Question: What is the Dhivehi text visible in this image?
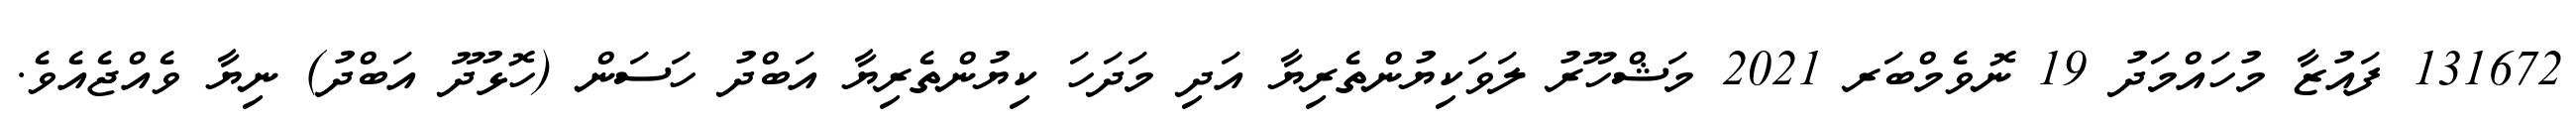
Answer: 131672 ފައުޒާ މުހައްމަދު 19 ނޮވެމްބަރ 2021 މަޝްހޫރު ލަވަކިޔުންތެރިޔާ އަދި މަދަހަ ކިޔުންތެރިޔާ އަބްދު ހަސަން (ހޮޅުދޫ އަބްދު) ނިޔާ ވެއްޖެއެވެ.